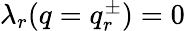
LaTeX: \begin{array}{r}{\lambda_{r}(q=q_{r}^{\pm})=0}\end{array}